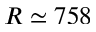
R \simeq 7 5 8